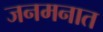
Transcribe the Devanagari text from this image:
जनमनात